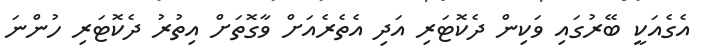
އެގެއަކީ ބޭރުގައި ވަކިން ދެކޮޓަރި އަދި އެތެރެއަށް ވާގޮތަށް އިތުރު ދެކޮޓަރި ހުންނަ